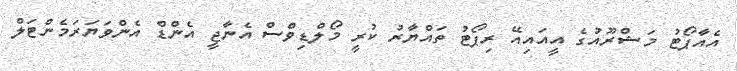
އެއާޕޯޓު މަޝްރޫއުގެ އީއައިއޭ ރިޕޯޓު ތައްޔާރު ކުރީ މޯލްޑިވްސް އެނާޖީ އެންޑް އެންވަޔަރަމެންޓަލް